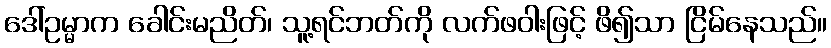
ဒေါ်ဥမ္မာက ခေါင်းမညိတ်၊ သူ့ရင်ဘတ်ကို လက်ဖဝါးဖြင့် ဖိ၍သာ ငြိမ်နေသည်။